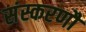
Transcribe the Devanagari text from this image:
संस्करणौं